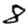
Digit: 8